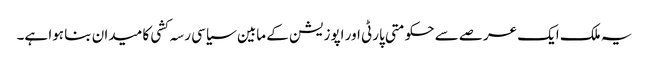
یہ ملک ایک عرصے سے حکومتی پارٹی اور اپوزیشن کے مابین سیاسی رسہ کشی کا میدان بنا ہوا ہے۔